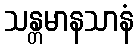
သန္တမာနသာနံ